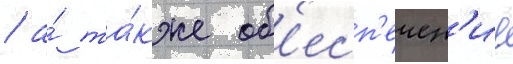
/ а́ та́кже об'есп'ечен'ие